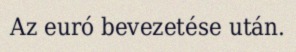
Az euró bevezetése után.